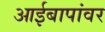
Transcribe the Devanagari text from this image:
आईबापांवर